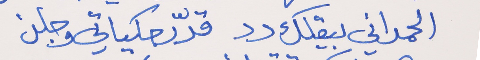
الحمداني بيقلك دد     قدّر حكياتي وجلن